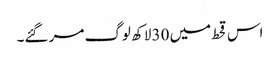
اس قحط میں 30 لاکھ لوگ مر گئے۔